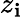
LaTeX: z_{\mathbf{i}}